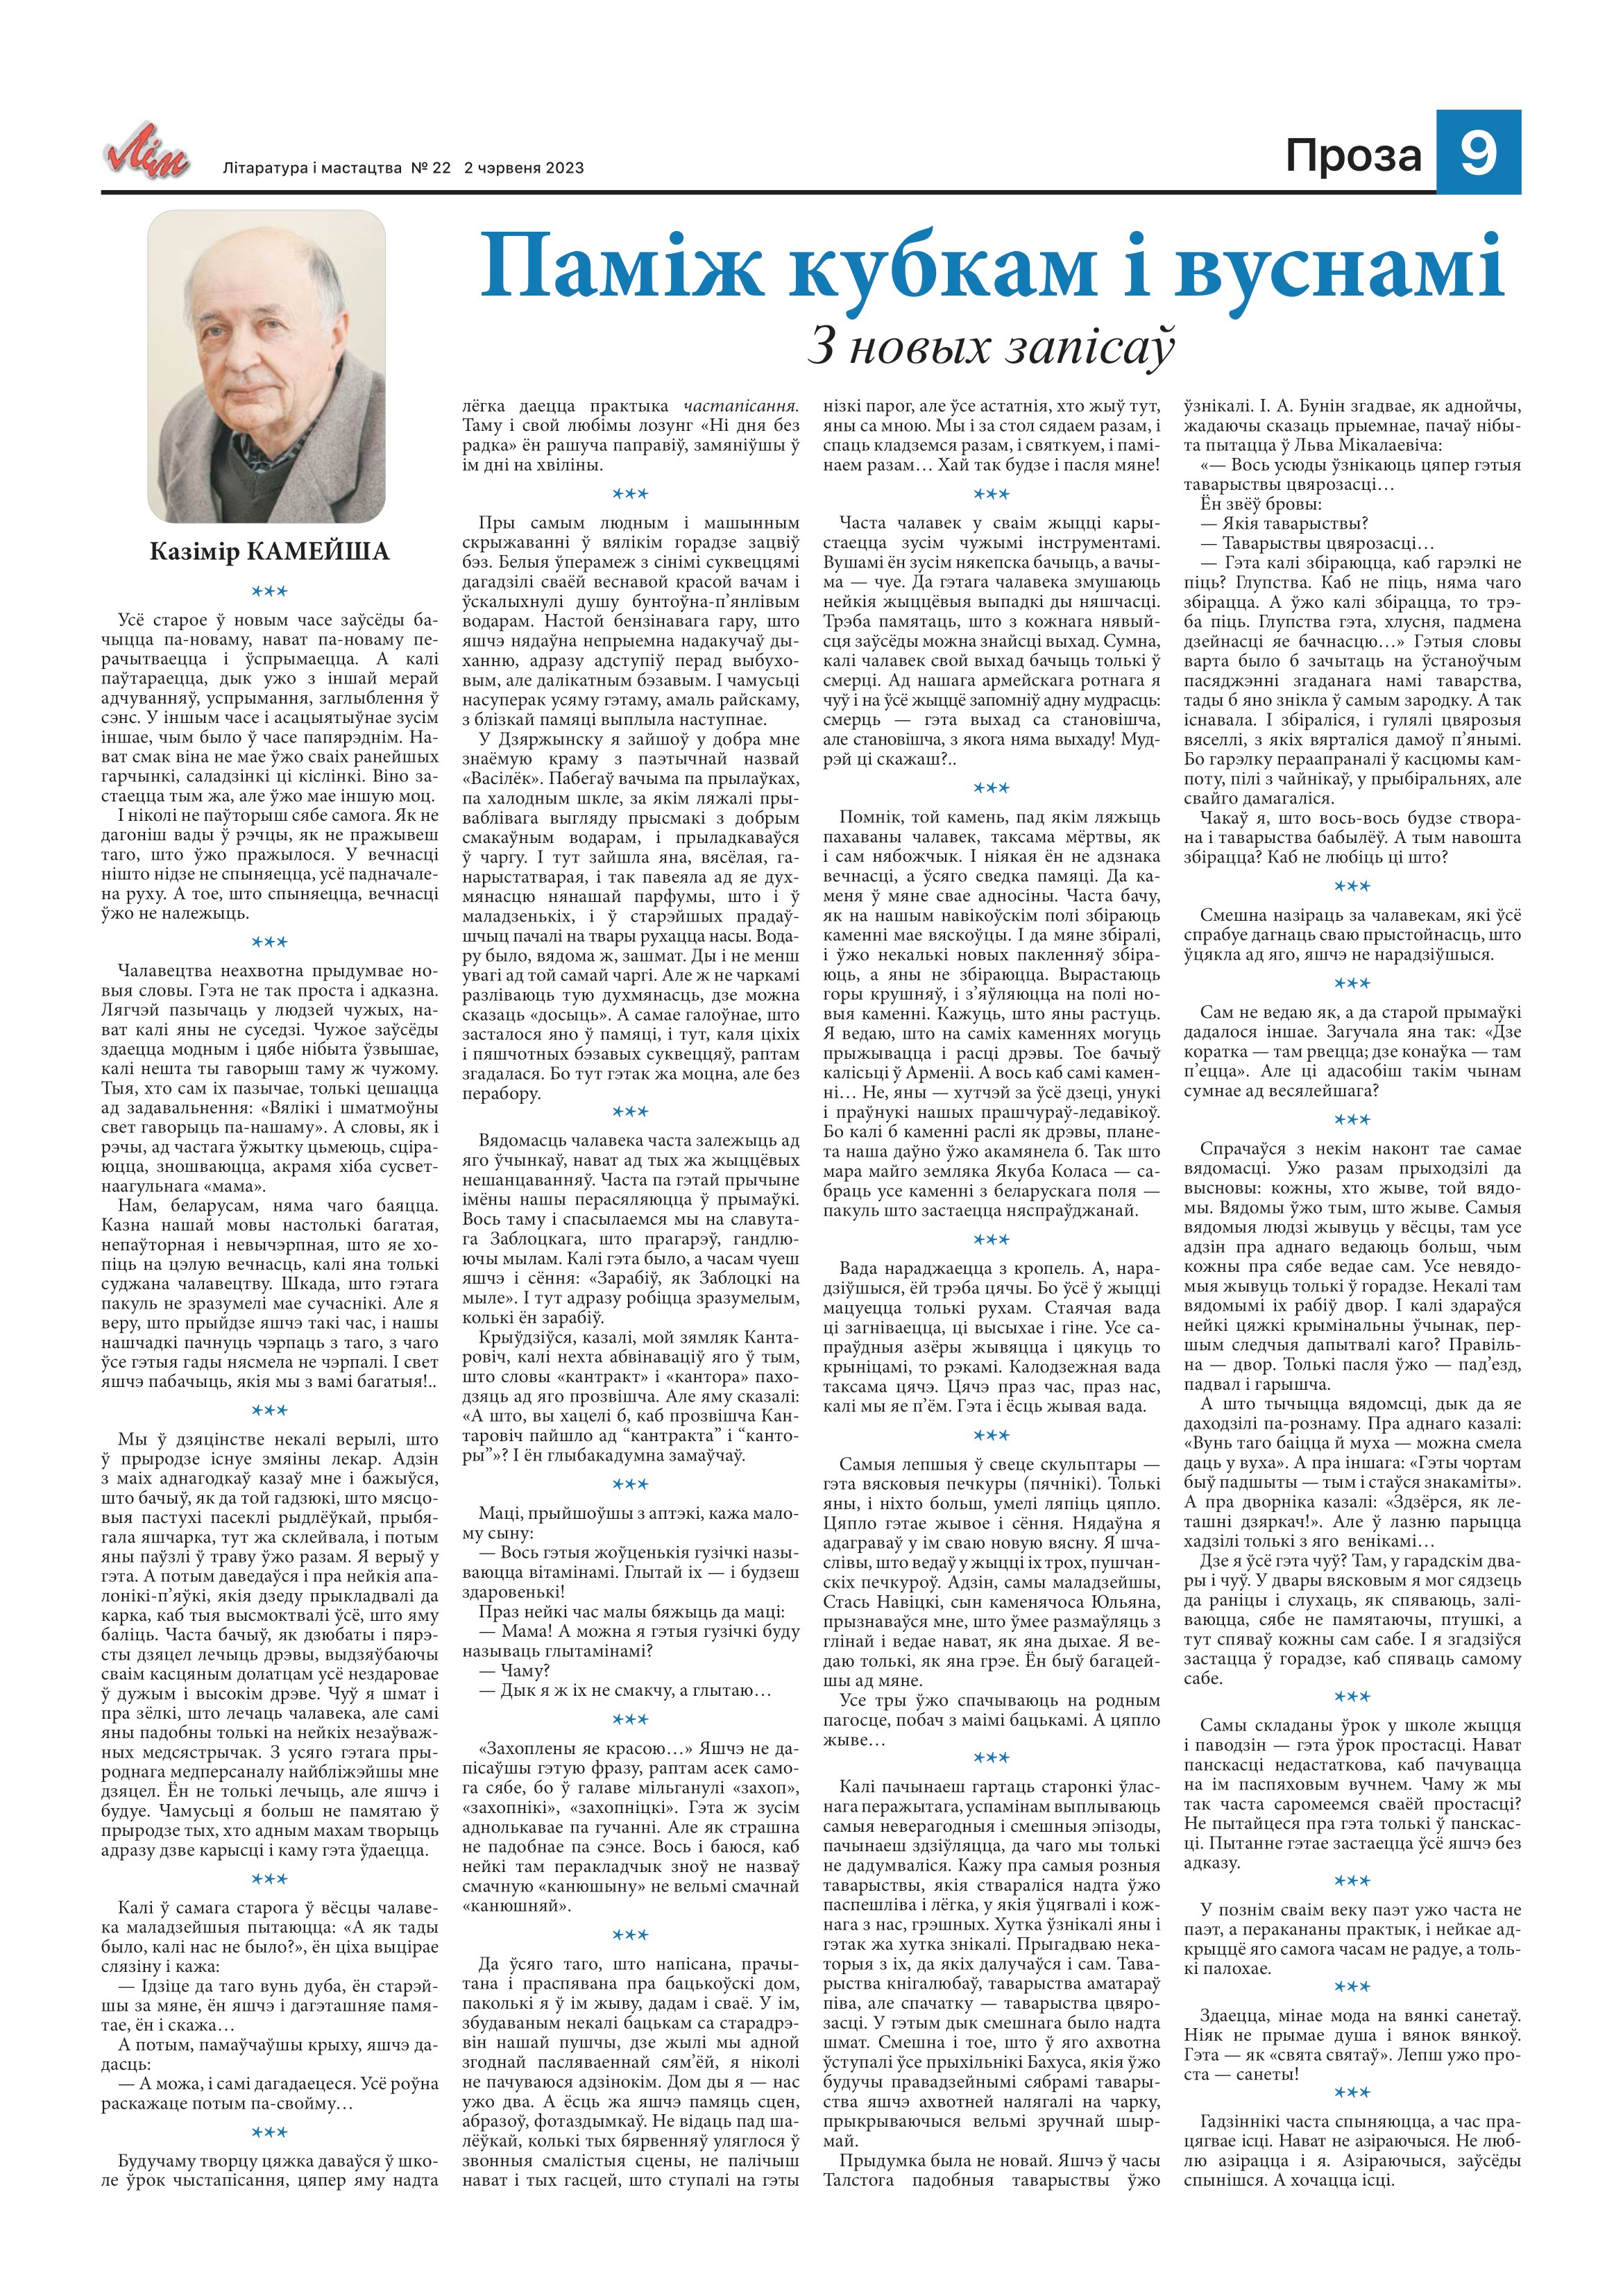
Language: be